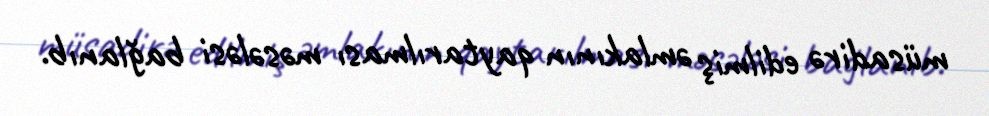
müsadirə edilmiş əmlakının qaytarılması məsələsi bağlanıb.